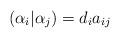
LaTeX: \begin{align*}(\alpha_i|\alpha_j)=d_ia_{ij}\end{align*}